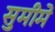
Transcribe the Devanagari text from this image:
सुमीमे